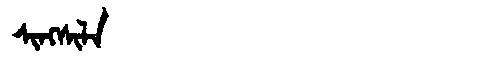
Manchu: ᠰᡳᠩᠰᡳᠯᠠ
Romanization: SINGSILA